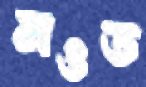
নওত